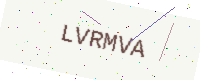
Text: LVRMVA